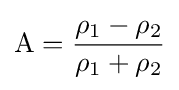
\mathrm {A} ={\frac {\rho _{1}-\rho _{2}}{\rho _{1}+\rho _{2}}}